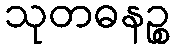
သုတဓနဉ္စ